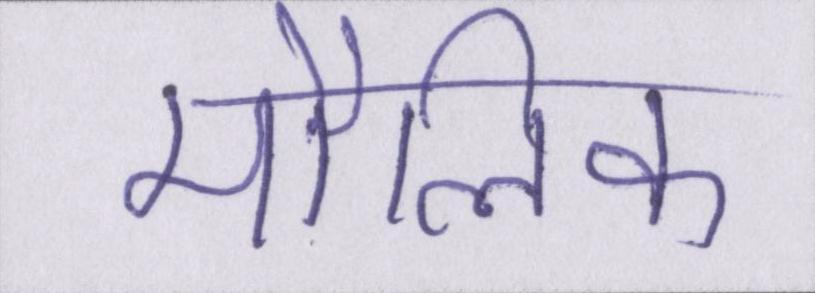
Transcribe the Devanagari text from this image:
मौलिक